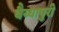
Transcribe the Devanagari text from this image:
वैय्यापुरी